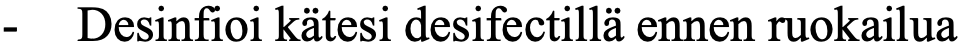
-  Desinfioi kätesi desifectillä ennen ruokailua